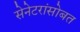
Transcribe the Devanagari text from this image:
सेनेटरांसोबत